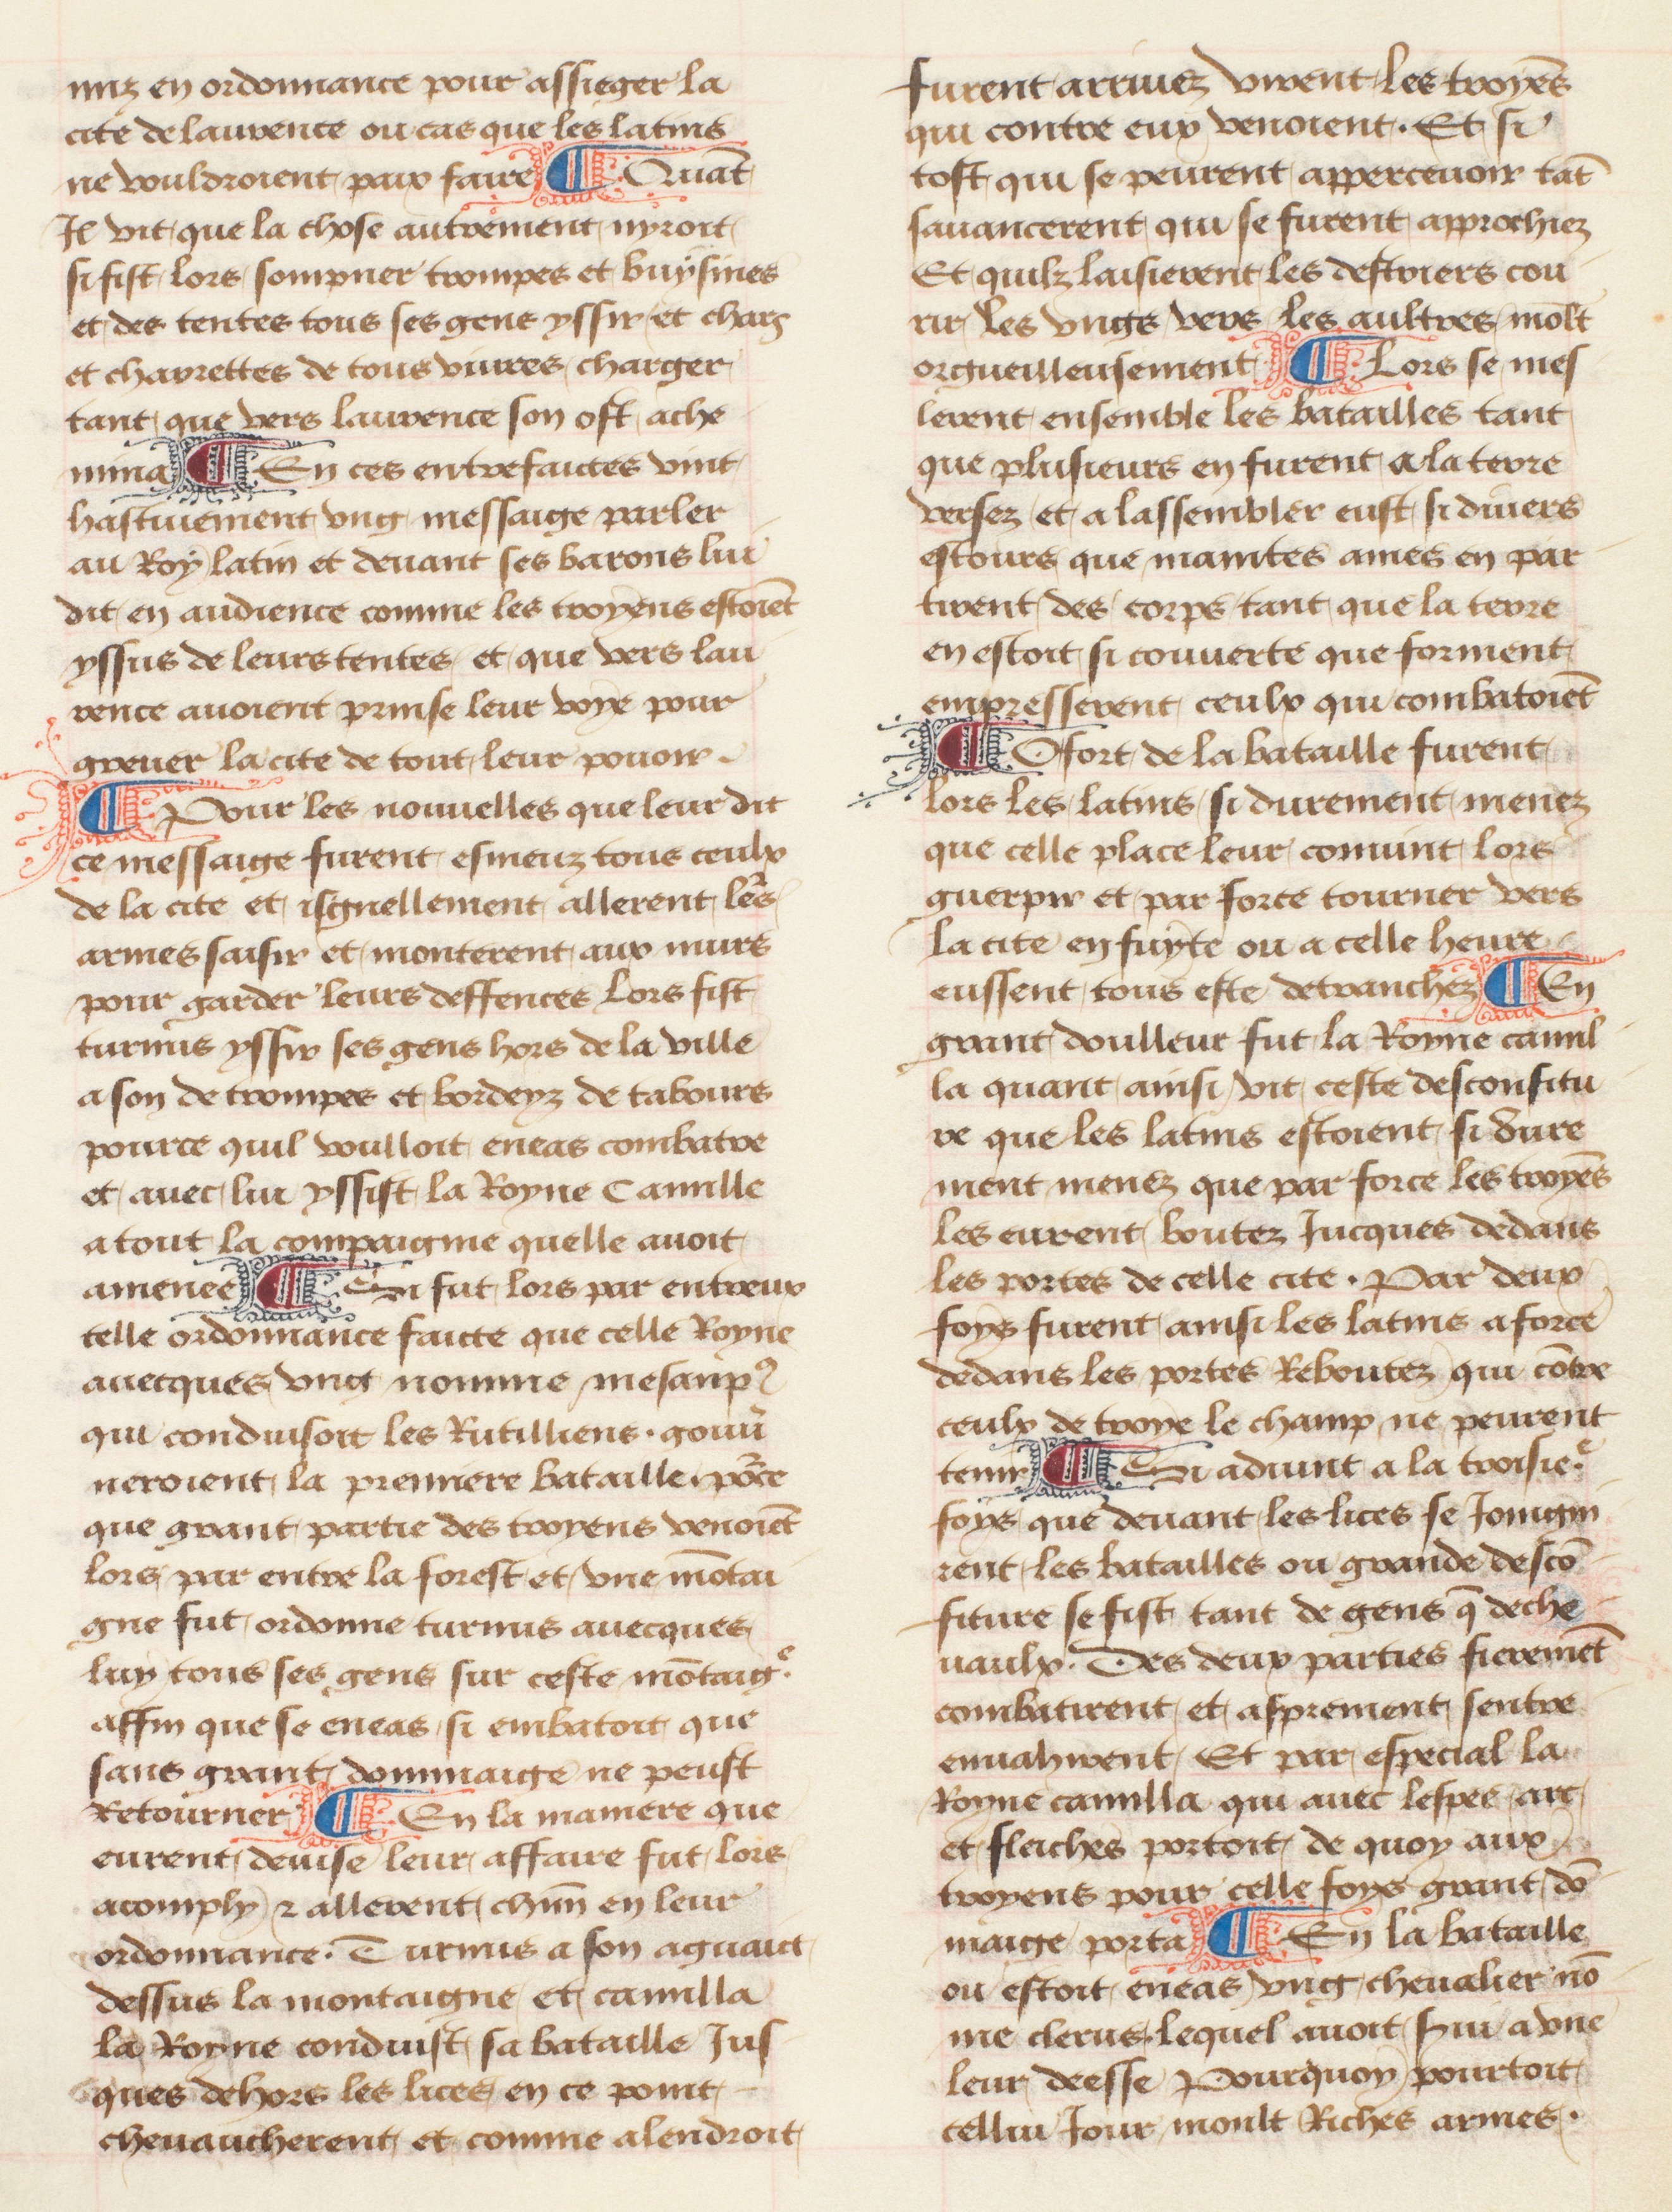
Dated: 1457–1482